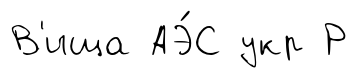
В'ища АЭ́С укр Р